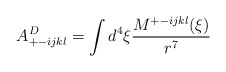
\begin{align*}A^D_{+ -ijkl} = \int d^4 \xi \frac{M^{+ -ijkl} (\xi)}{r^7}\end{align*}